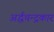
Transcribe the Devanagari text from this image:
अर्द्धचन्द्रकार